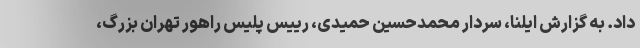
داد. به گزارش ایلنا، سردار محمدحسین حمیدی، رییس پلیس راهور تهران بزرگ،